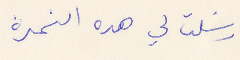
أرسلت لي هذه النمرة